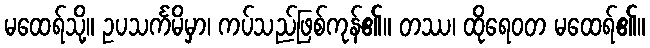
မထေရ်သို့။ ဥပသင်္ကမိမှာ၊ ကပ်သည်ဖြစ်ကုန်၏။ တဿ၊ ထိုရေဝတ မထေရ်၏။